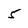
Character: 5